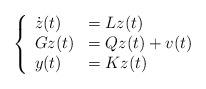
LaTeX: \begin{align*} \left\{ \begin{array}{ll} \dot{z}(t)&=Lz(t)\\ Gz(t)&=Qz(t)+v(t)\\ y(t)&=Kz(t) \end{array} \right.\end{align*}